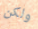
ولكن